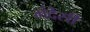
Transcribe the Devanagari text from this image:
मंदेसी